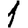
Digit: 1